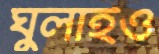
ঘুলাইও